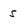
Character: 5